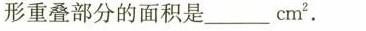
形重叠部分的面积是___cm^{2}.